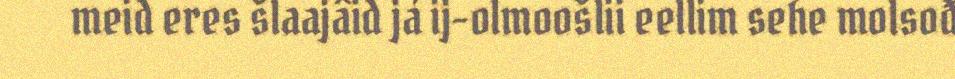
meid eres šlaajâid já ij-olmoošlii eellim sehe molsođ